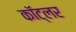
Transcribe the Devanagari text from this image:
कॉट्लर